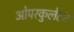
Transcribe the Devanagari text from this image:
ओपरकुलेला